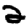
Digit: 2